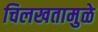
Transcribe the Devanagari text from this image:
चिलखतामुळे